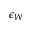
\epsilon _ { W }